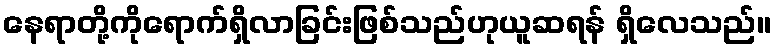
နေရာတို့ကိုရောက်ရှိလာခြင်းဖြစ်သည်ဟုယူဆရန် ရှိလေသည်။